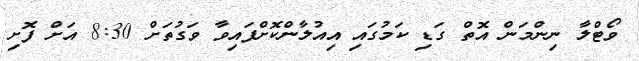
ވޯޓްލާ ނިންމަން އޮތް ގަޑި ކަމުގައި އިއުލާންކޮށްފައިވާ ވަގުތަށް 8:30 އަށް ފޮށި